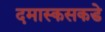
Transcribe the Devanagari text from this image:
दमास्कसकडे